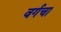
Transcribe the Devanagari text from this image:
वर्गचा